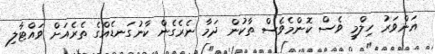
އަންވަރު ހިލްމީ ވެސް ކޮންމެވެސް ތާކުން ދަމާ ނެރެގެން ކާނުގަނޑެއްގެ ތެރެއަށް ވައްޓާލި